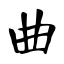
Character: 曲